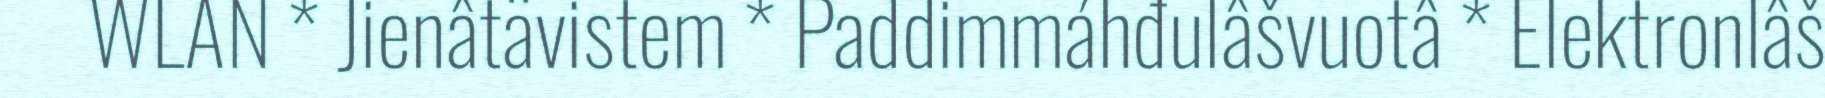
WLAN * Jienâtävistem * Paddimmáhđulâšvuotâ * Elektronlâš